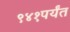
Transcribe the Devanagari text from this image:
९४१पर्यंत